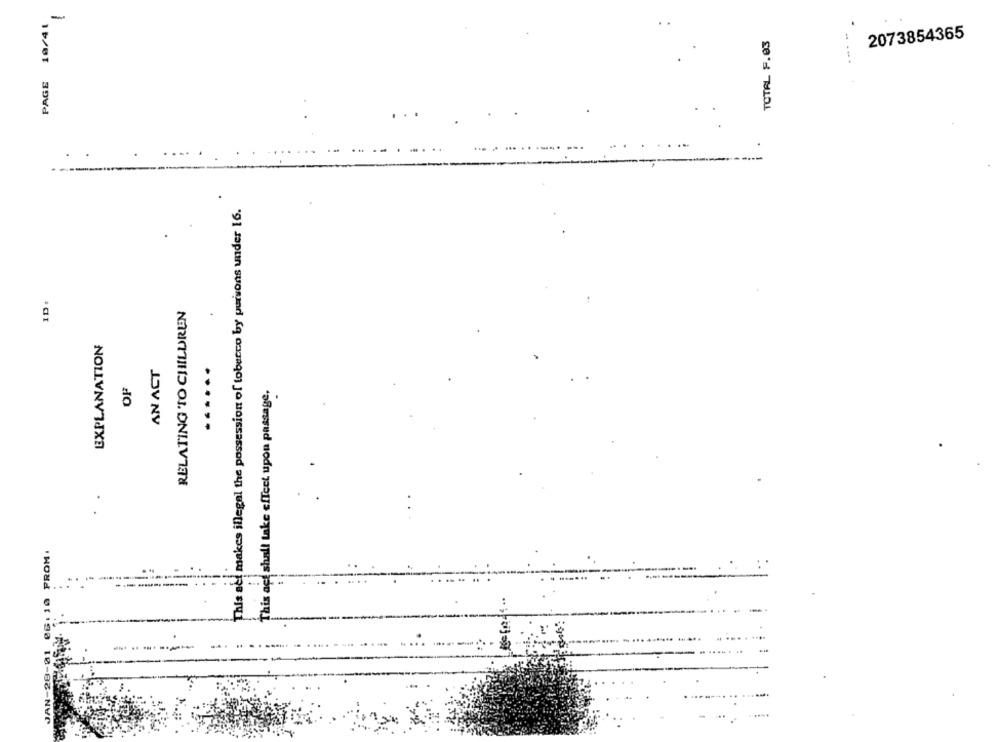
-
PAGE 10/41
.....
TOTAL F.03
2073854365
This act makes illegal the possession of tobacco by persons under 16.
ID:
RELATING TO CHILDREN
EXPLANATION
AN ACT
OF
This act shall take effect upon passage,
JAN-28-01 06. 10 PROM.